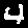
Digit: 4